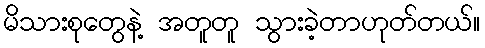
မိသားစုတွေနဲ့ အတူတူ သွားခဲ့တာဟုတ်တယ်။